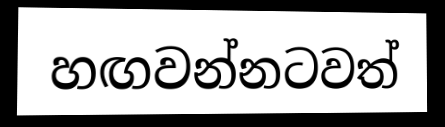
හඟවන්නටවත්